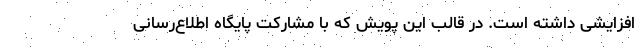
افزایشی داشته است. در قالب این پویش که با مشارکت پایگاه اطلاع‌رسانی